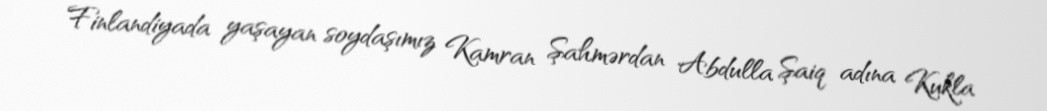
Finlandiyada yaşayan soydaşımız Kamran Şahmərdan Abdulla Şaiq adına Kukla